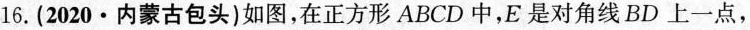
16.(2020·内蒙古包头)如图，在正方形ABCD中，E是对角线BD上一点，